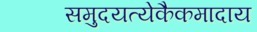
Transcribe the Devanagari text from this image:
समुदयत्येकैकमादाय